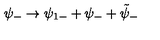
\psi _ { - } \rightarrow \psi _ { 1 - } + \psi _ { - } + \tilde { \psi } _ { - }